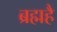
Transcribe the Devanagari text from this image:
ब्रह्महै